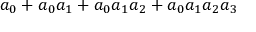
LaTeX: a _ { 0 } + a _ { 0 } a _ { 1 } + a _ { 0 } a _ { 1 } a _ { 2 } + a _ { 0 } a _ { 1 } a _ { 2 } a _ { 3 }